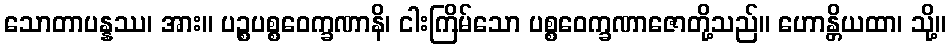
သောတာပန္နဿ၊ အား။ ပဉ္စပစ္စဝေက္ခဏာနိ၊ ငါးကြိမ်သော ပစ္စဝေက္ခဏာဇောတို့သည်။ ဟောန္တိယထာ၊ သို့။